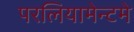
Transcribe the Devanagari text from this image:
परलियामेन्टमे